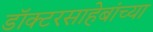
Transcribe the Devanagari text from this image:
डॉक्टरसाहेबांच्या